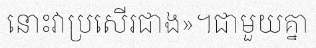
នោះវាប្រសើរជាង»។ជាមួយគ្នា